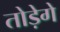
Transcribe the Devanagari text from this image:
तोड़ेगे